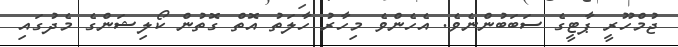
ޖުމްހޫރީ ޕާޓީގެ ސަބަބުންނެވެ. އެހެންވެ މިހާރު ހާލަތު އޮތް ގޮތުން ކޯލިޝަންގެ މެދުގައި